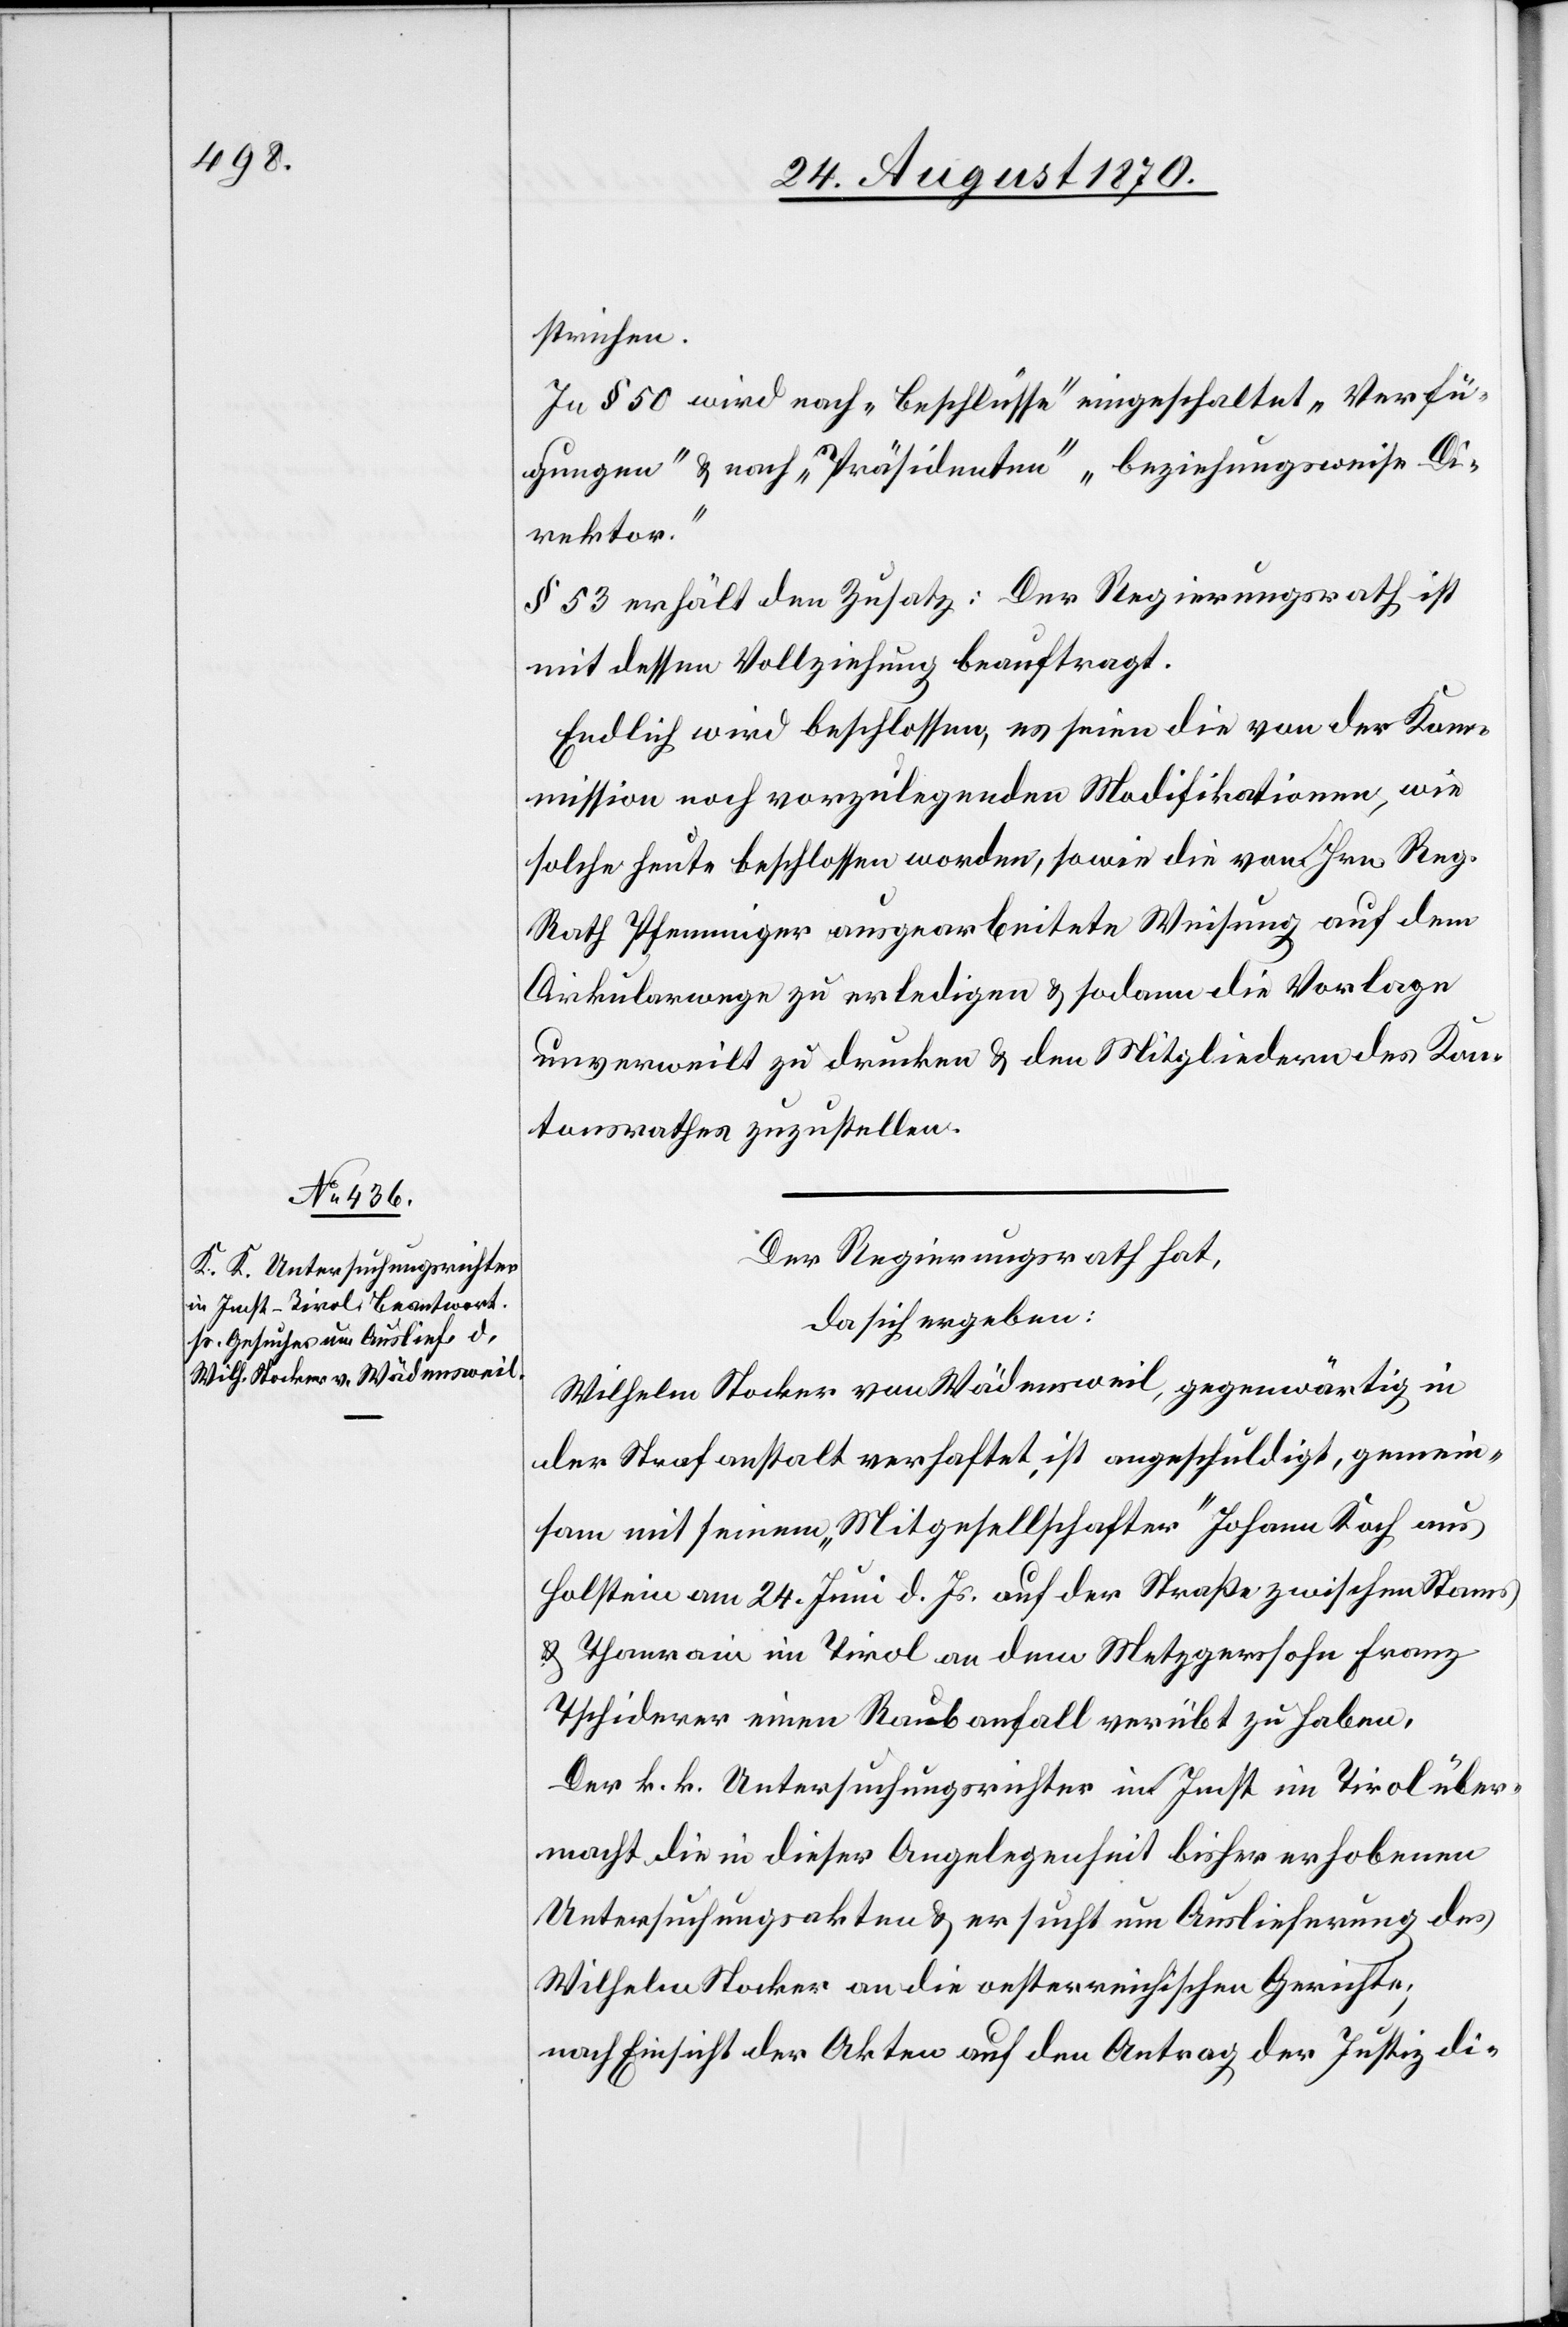
strichen.
In § 50 wird nach „Beschlüsse“ eingeschaltet „Verfü¬
gungen“ & nach „Präsidenten“ „beziehungsweise Di¬
rektor.“
§ 53 erhält den Zusatz: Der Regierungsrath ist
mit dessen Vollziehung beauftragt.
Endlich wird beschlossen, es seien die von der Ko¬
mmission noch vorzulegenden Modifikationen, wie
solche heute beschlossen worden, sowie die von Hrn. Reg.
Rath Pfenninger ausgearbeitete Weisung auf dem
Cirkularwege zu erledigen & sodann die Vorlage
unverweilt zu drucken & den Mitgliedern des Kan¬
tonsrathes zuzustellen.
Der Regierungsrath hat,
da sich ergeben:
Wilhelm Stocker von Wädensweil, gegenwärtig in
der Strafanstalt verhaftet, ist angeschuldigt, gemein¬
sam mit seinem „Mitgesellschafter“ Johann Koch aus
Holstein am 24. Juni d. Js. auf der Straße zwischen Stams
& Thanrain im Tirol an dem Metzgerssohn Franz
Tschiderer einen Raubanfall verübt zu haben.
Der k. k. Untersuchungsrichter in Imst im Tirol über¬
macht die in dieser Angelegenheit bisher erhobenen
Untersuchungsakten & ersucht um Auslieferung des
Wilhelm Stocker an die oesterreichischen Gerichte;
nach Einsicht der Akten auf den Antrag der Justizdi-